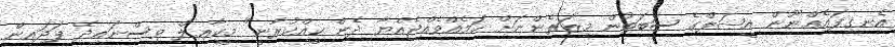
އެނގިފައެއްނޫން އީޝަލްގެ ސަބަބުން މިޒަރެންނަށް ކަމެއްވެއްޖެއްޔާ ދެން ކީއްކުރާނީ" މީކާޢިލް ވިސްނައިދޭ ފަދައިން